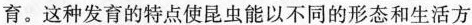
育。这种发育的特点使昆虫能以不同的形态和生活方